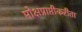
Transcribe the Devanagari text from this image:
मोक्षप्राप्तीकरीता